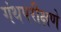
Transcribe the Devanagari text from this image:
गंथपरीक्षणे